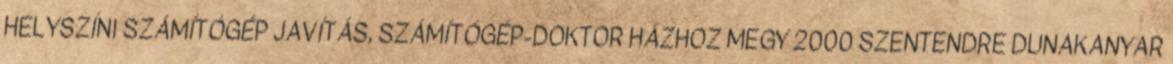
HELYSZÍNI SZÁMÍTÓGÉP JAVÍTÁS, SZÁMÍTÓGÉP-DOKTOR HÁZHOZ MEGY 2000 SZENTENDRE DUNAKANYAR